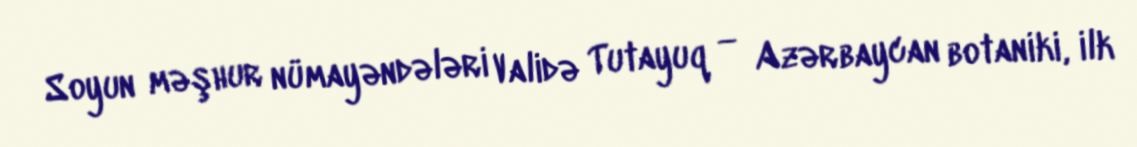
Soyun məşhur nümayəndələri Validə Tutayuq — Azərbaycan botaniki, ilk